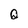
Character: Q